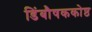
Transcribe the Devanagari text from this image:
डिंबौषककोष्ठ